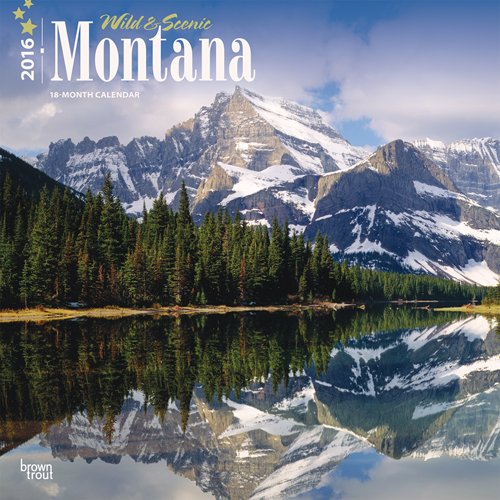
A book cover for Montana, Wild & Scenic 2016 Square 12x12; Browntrout Publishers; Calendars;